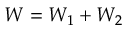
W = W _ { 1 } + W _ { 2 }